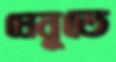
মেনুতে